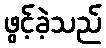
ဖွင့်ခဲ့သည်